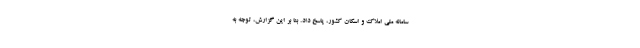
سامانه ملی املاک و اسکان کشور، پاسخ داد. بنا بر این گزارش، توجه به